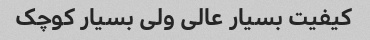
کیفیت بسیار عالی ولی بسیار کوچک